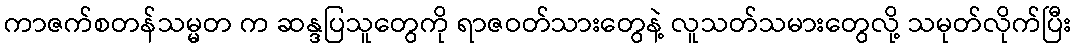
ကာဇက်စတန်သမ္မတ က ဆန္ဒပြသူတွေကို ရာဇဝတ်သားတွေနဲ့ လူသတ်သမားတွေလို့ သမုတ်လိုက်ပြီး